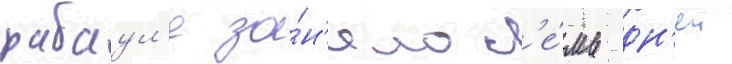
рабаул'е за́н'яло с'е́мь дн'еи